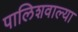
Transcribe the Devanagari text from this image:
पालिशवाल्या